Vaccination report Assam 1896-1927 - 1896-1927
Year: 1896
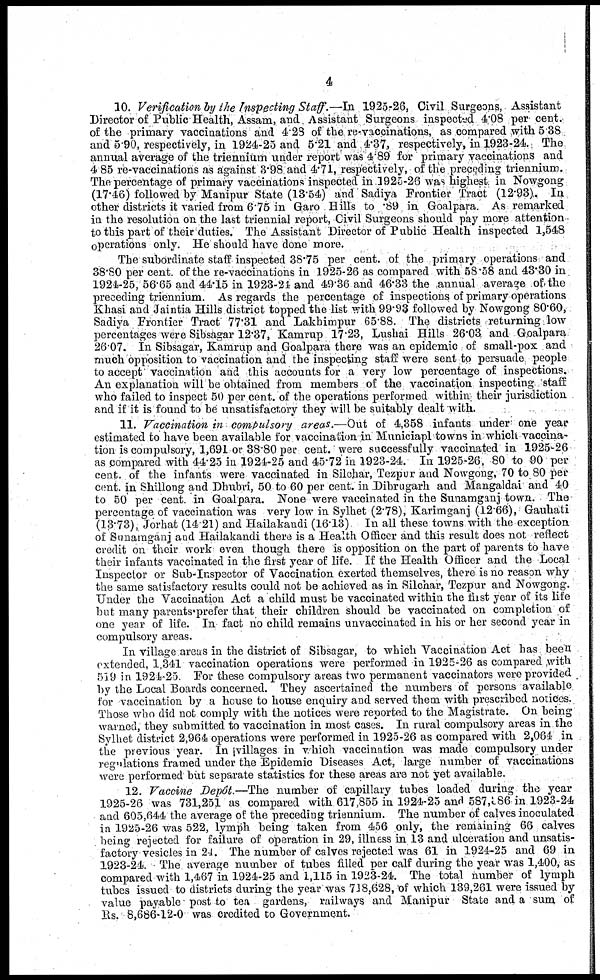
4
10. Verification by the Inspecting Staff.—In 1925-26, Civil Surgeons, Assistant
Director of Public Health, Assam, and Assistant Surgeons inspected 4.08 per cent.
of the primary vaccinations and 4.23 of the re-vaccinations, as compared with 5 38
and 5.90, respectively, in 1924-25 and 5.21 and 4.37, respectively, in 1923-24. The
annual average of the triennium under report was 4.89 for primary vaccinations and
4.85 re-vaccinations as against 3.98. and 4.71, respectively, of the preceding triennium.
The percentage of primary vaccinations inspected in 1925-26 was highest in Nowgong
(17.46) followed by Manipur State (13.54) and Sadiya Frontier Tract (12.93),. In
other districts it varied from 6.75 in Garo Hills to .89 in Goalpara. As remarked
in the resolution on the last triennial report, Civil Surgeons should pay more attention .
to this part of their duties. The Assistant Director of Public Health inspected 1,548
operations only. He should have done more.
The subordinate staff inspected 38.75 per cent. of the primary operations and
38.80 per cent. of the re-vaccinations in 1925-26 as compared with 58.58 and 43.30 in
1924-25, 56.65 and 44.15 in 1923-24 and 49.36 and 46.33 the annual average of the
preceding triennium. As regards the percentage of inspections of primary operations
Khasi and Jaintia Hills district topped the list with 99.93 followed by Nowgong 80.60,
Sadiya Frontier Tract 77.31 and Lakhimpur 65.88. The districts returning low
percentages were Sibsagar 12.37, Kamrup 17.23, Lushai Hills 26.03 and Goalpara
26.07. In Sibsagar, Kamrup and Goalpara there was an epidemic of small-pox and
much opposition to vaccination and the inspecting staff were sent to persuade people
to accept vaccination and this accounts for a very low percentage of inspections.
An explanation will be obtained from members of the vaccination inspecting staff
who failed to inspect 50 per cent. of the operations performed within their jurisdiction
and if it is found to be unsatisfactory they will be suitably dealt with.
11. Vaccination in compulsory areas.—Out of 4,358 infants under one year
estimated to have been available for vaccination in Municiapl towns in which vaccina-
tion is compulsory, 1,691 or 38.80 per cent. were successfully vaccinated in 1925-26
as compared with 44.25 in 1924-25 and 45.72 in 1923-24. In 1925-26, 80 to 90 per
cent. of the infants were vaccinated in Silchar, Tezpur and Nowgong, 70 to 80 per
cent. in Shillong and Dhubri, 50 to 60 per cent. in Dibrugarh and Mangaldai and 40
to 50 per cent. in Goalpara. None were vaccinated in the Sunamganj town. The
percentage of vaccination was very low in Sylhet (2.78), Karimganj (12.66), Gauhati
(13.73), Jorhat (14.21) and Hailakandi (16.13) In all these towns with the exception
of Sunamganj and Hailakandi there is a Health Officer and this result does not reflect
credit on their work even though there is opposition on the part of parents to have
their infants vaccinated in the first year of life. If the Health Officer and the Local
Inspector or Sub-Inspector of Vaccination exerted themselves, there is no reason why
the same satisfactory results could not be achieved as in Silchar, Tezpur and Nowgong.
Under the Vaccination Act a child must be vaccinated within the first year of its life
but many parents prefer that their children should be vaccinated on completion of
one year of life. In fact no child remains unvaccinated in his or her second year in
compulsory areas.
In village areas in the district of Sibsagar, to which Vaccination Act has been
extended, 1,341 vaccination operations were performed in 1925-26 as compared with
519 in 1924-25. For these compulsory areas two permanent vaccinators were provided
by the Local Boards concerned. They ascertained the numbers of persons available
for vaccination by a house to house enquiry and served them with prescribed notices.
Those who did not comply with the notices were reported to the Magistrate. On being
warned, they submitted to vaccination in most cases. In rural compulsory areas in the
Sylhet district 2,964 operations were performed in 1925-26 as compared with 2,064 in
the previous year. In villages in which vaccination was made compulsory under
regulations framed under the Epidemic Diseases Act, large number of vaccinations
were performed but separate statistics for these areas are not yet available.
12. Vaccine Depôt.—The number of capillary tubes loaded during the year
1925-26 was 731,251 as compared with 617,855 in 1924-25 and 587,386 in 1923-24
and 605,644 the average of the preceding triennium. The number of calves inoculated
in 1925-26 was 522, lymph being taken from 456 only, the remaining 66 calves
being rejected for failure of operation in 29, illness in 13 and ulceration and unsatis-
factory vesicles in 24. The number of calves rejected was 61 in 1924-25 and 69 in
1923-24. The average number of tubes filled per calf during the year was 1,400, as
compared with 1,467 in 1924-25 and 1,115 in 1923-24. The total number of lymph
tubes issued to districts during the year was 718,628, of which 139,261 were issued by
value payable post to tea gardens, railways and Manipur State and a sum of
Rs. 8,686-12-0 was credited to Government.